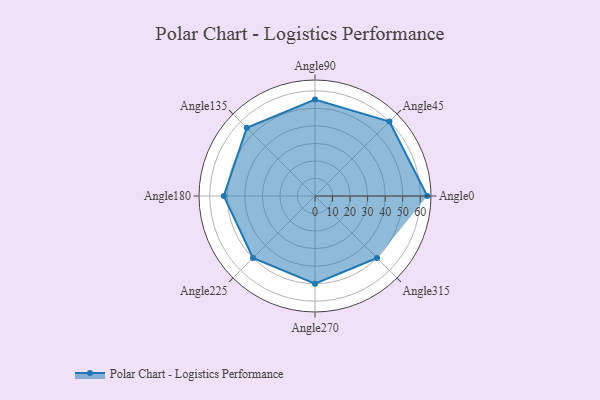
{"axis": {"x": "Angle", "y": "Radius"}, "legend": [""], "data": [{"x": "Angle0", "y": 64.0, "type": ""}, {"x": "Angle45", "y": 60.0, "type": ""}, {"x": "Angle90", "y": 55.0, "type": ""}, {"x": "Angle135", "y": 55.0, "type": ""}, {"x": "Angle180", "y": 52.0, "type": ""}, {"x": "Angle225", "y": 50, "type": ""}, {"x": "Angle270", "y": 50, "type": ""}, {"x": "Angle315", "y": 50, "type": ""}]}